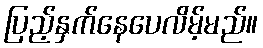
ပြည့်နှက်နေပေလိမ့်မည်။